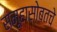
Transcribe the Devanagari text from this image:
समूहासोबतचे